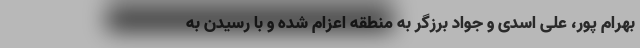
بهرام پور، علی اسدی و جواد برزگر به منطقه اعزام شده و با رسیدن به